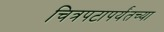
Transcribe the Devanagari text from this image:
चित्रपटापर्यंतच्या